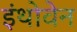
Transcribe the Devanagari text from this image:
इंथोवेन